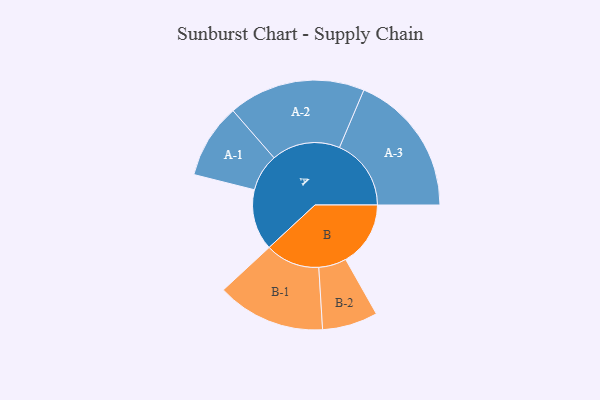
{"axis": {"x": "Segment", "y": "Value"}, "legend": ["", "A", "B"], "data": [{"x": "A", "y": 248, "type": ""}, {"x": "B", "y": 264, "type": ""}, {"x": "A-1", "y": 152, "type": "A"}, {"x": "A-2", "y": 279, "type": "A"}, {"x": "A-3", "y": 292, "type": "A"}, {"x": "B-1", "y": 221, "type": "B"}, {"x": "B-2", "y": 113, "type": "B"}]}